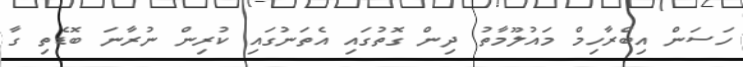
ހަސަން އިބްރާހިމް މައުލޫމާތު ދިން ގޮތުގައި އެތަނުގައި ކުރިން ނުރާނަ ބޮޑެތި ގާ